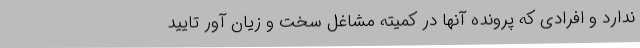
ندارد و افرادی که پرونده آنها در کمیته مشاغل سخت و زیان آور تایید